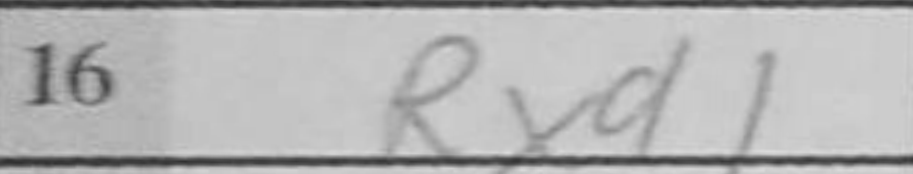
Transcription: Rxd1